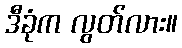
ဒီခုံက လွတ်လား။